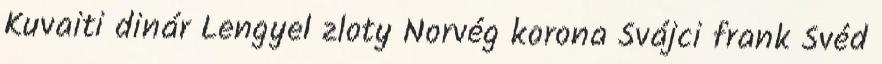
Kuvaiti dinár Lengyel zloty Norvég korona Svájci frank Svéd